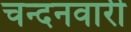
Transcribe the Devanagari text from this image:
चन्दनवारी